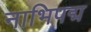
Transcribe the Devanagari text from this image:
नाभिपद्म